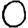
Digit: 0